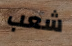
شعب